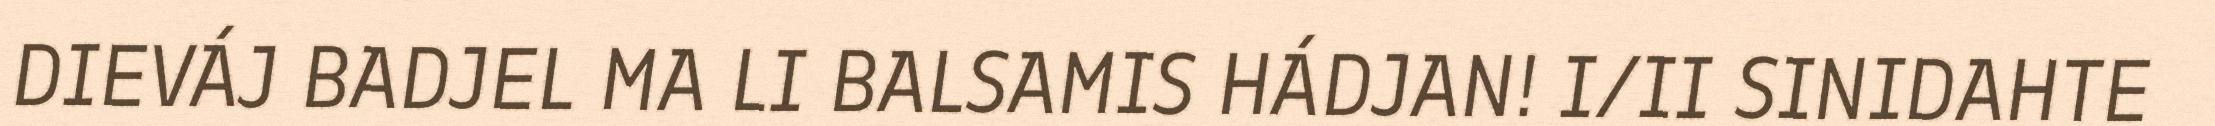
DIEVÁJ BADJEL MA LI BALSAMIS HÁDJAN! I/II SINIDAHTE